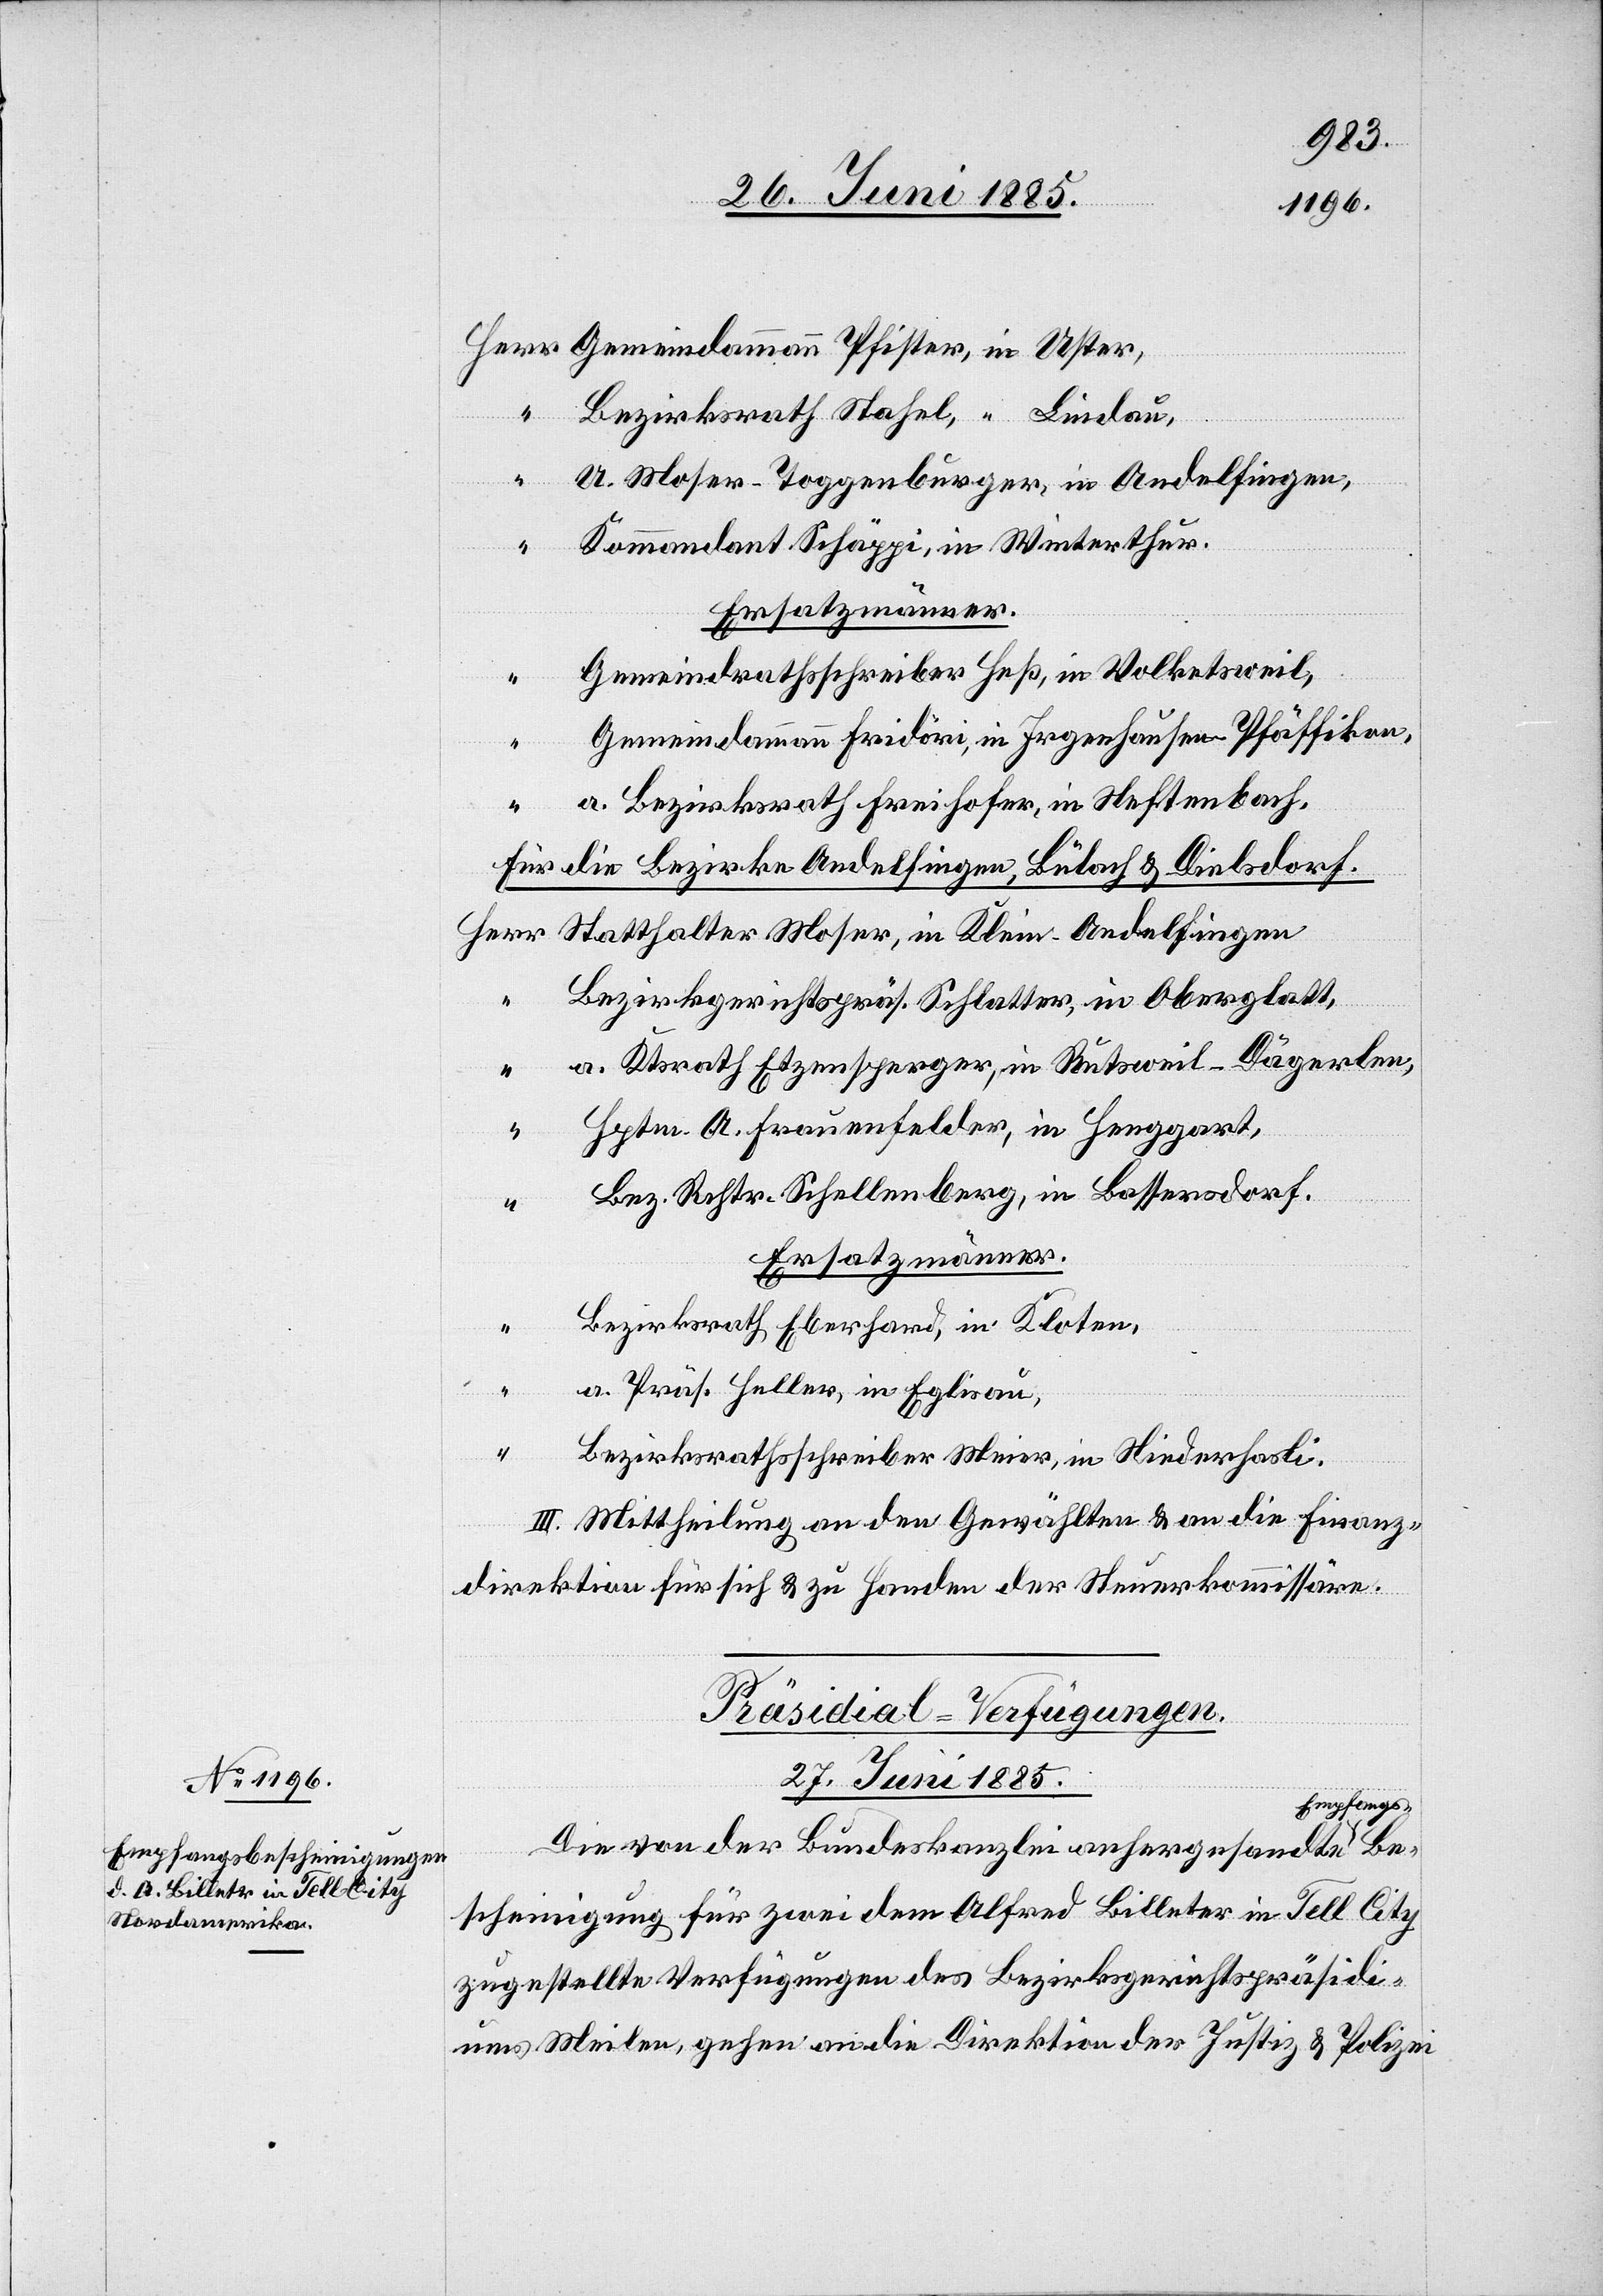
Präsidial-Verfügungen.
27. Juni 1885.
mpfangs-B¬
Die von der Bundeskanzlei anhergesandte E¬
escheinigung für zwei dem Alfred Billeter in Tell City
zugestellte Verfügungen des Bezirksgerichtspräsidi¬
ums Meilen, gehen an die Direktion der Justiz & Polizei